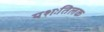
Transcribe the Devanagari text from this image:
यशःतिलक